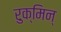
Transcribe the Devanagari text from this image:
रुक्मिन्‌